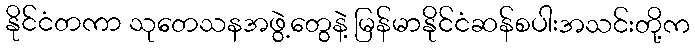
နိုင်ငံတကာ သုတေသနအဖွဲ့တွေနဲ့ မြန်မာနိုင်ငံဆန်စပါးအသင်းတို့က